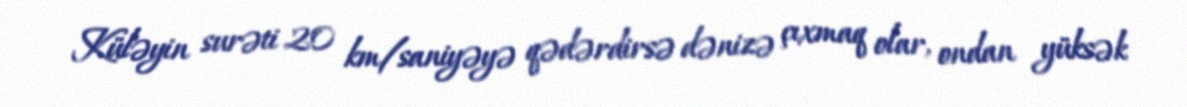
Küləyin surəti 20 km/saniyəyə qədərdirsə dənizə çıxmaq olar, ondan yüksək